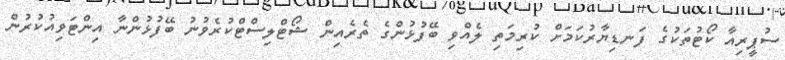
ސުޕީރިއާ ކޯޓުތަކުގެ ފަނޑިޔާރުކަމަށް ކުރިމަތި ލެއްވި ބޭފުޅުންގެ ތެރެއިން ޝޯޓްލިސްޓްކުރެވުނު ބޭފުޅުންނާ އިންޓަވިއުކުރުން